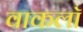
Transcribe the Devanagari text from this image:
वाकलॉ